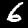
Digit: 6